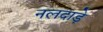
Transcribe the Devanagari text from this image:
नलदाड़े